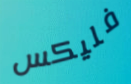
فليكس